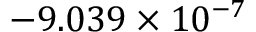
- 9 . 0 3 9 \times 1 0 ^ { - 7 }